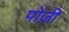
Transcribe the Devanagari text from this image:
पोंज़ी